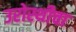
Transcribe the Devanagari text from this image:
उरोस्थीचा